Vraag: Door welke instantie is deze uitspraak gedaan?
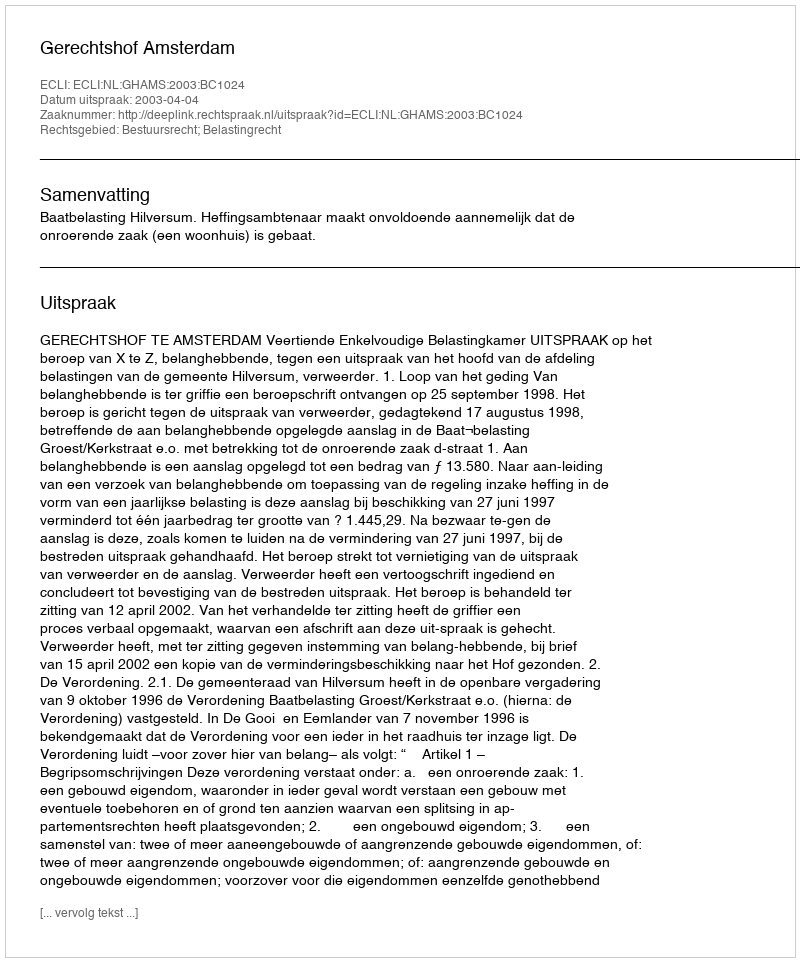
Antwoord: Gerechtshof Amsterdam